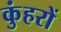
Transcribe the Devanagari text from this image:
कुंहरों